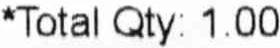
*TOTAL QTY: 1.00